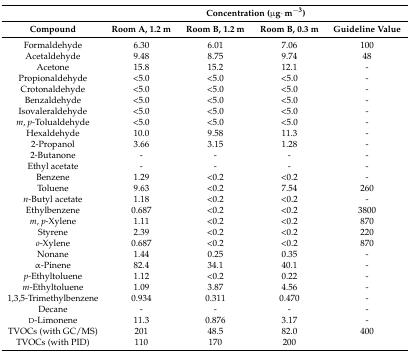
|  | <COLSPAN=4> Concentration (μg·m−3) |
 | Compound | Room A, 1.2 m | Room B, 1.2 m | Room B, 0.3 m | Guideline Value |
 | --- | --- | --- | --- | --- |
 | Formaldehyde | 6.30 | 6.01 | 7.06 | 100 |
 | Acetaldehyde | 9.48 | 8.75 | 9.74 | 48 |
 | Acetone | 15.8 | 15.2 | 12.1 | - |
 | Propionaldehyde | <5.0 | <5.0 | <5.0 | - |
 | Crotonaldehyde | <5.0 | <5.0 | <5.0 | - |
 | Benzaldehyde | <5.0 | <5.0 | <5.0 | - |
 | Isovaleraldehyde | <5.0 | <5.0 | <5.0 | - |
 | m, p-Tolualdehyde | <5.0 | <5.0 | <5.0 | - |
 | Hexaldehyde | 10.0 | 9.58 | 11.3 | - |
 | 2-Propanol | 3.66 | 3.15 | 1.28 | - |
 | 2-Butanone | - | - | - | - |
 | Ethyl acetate | - | - | - | - |
 | Benzene | 1.29 | <0.2 | <0.2 | - |
 | Toluene | 9.63 | <0.2 | 7.54 | 260 |
 | n-Butyl acetate | 1.18 | <0.2 | <0.2 | - |
 | Ethylbenzene | 0.687 | <0.2 | <0.2 | 3800 |
 | m, p-Xylene | 1.11 | <0.2 | <0.2 | 870 |
 | Styrene | 2.39 | <0.2 | <0.2 | 220 |
 | o-Xylene | 0.687 | <0.2 | <0.2 | 870 |
 | Nonane | 1.44 | 0.25 | 0.35 | - |
 | α-Pinene | 82.4 | 34.1 | 40.1 | - |
 | p-Ethyltoluene | 1.12 | <0.2 | 0.22 | - |
 | m-Ethyltoluene | 1.09 | 3.87 | 4.56 | - |
 | 1,3,5-Trimethylbenzene | 0.934 | 0.311 | 0.470 | - |
 | Decane | - | - | - | - |
 | d-Limonene | 11.3 | 0.876 | 3.17 | - |
 | TVOCs (with GC/MS) | 201 | 48.5 | 82.0 | 400 |
 | TVOCs (with PID) | 110 | 170 | 200 |  |